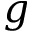
g